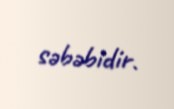
səbəbidir.